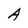
Character: A